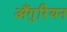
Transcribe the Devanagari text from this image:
अँगुरियन